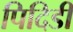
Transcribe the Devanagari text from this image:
पिदिडी